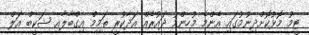
ޓީމު މޮޅުކޮށްދިނުމުގައި އެންމެ މުހިންމު ދައުރެއް އަދާކުރީ ތަމިމް އިގްބާލާއި ޝަކީބް އަލް